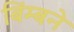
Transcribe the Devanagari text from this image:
बिंम्बने